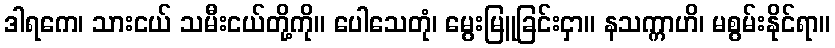
ဒါရကေ၊ သားငယ် သမီးငယ်တို့ကို။ ပေါသေတုံ၊ မွေးမြူခြင်းငှာ။ နသက္ကာဟိ၊ မစွမ်းနိုင်ရာ။